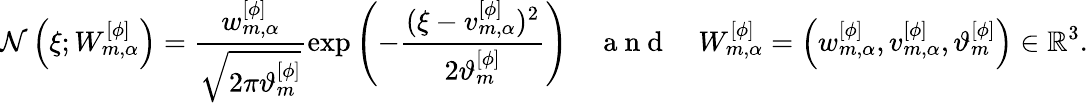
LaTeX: \mathcal{N}\left(\xi;W_{m,\alpha}^{[\phi]}\right)=\frac{w_{m,\alpha}^{[\phi]}}{\sqrt{2\pi\vartheta_{m}^{[\phi]}}}\exp\left(-\frac{(\xi-v_{m,\alpha}^{[\phi]})^{2}}{2\vartheta_{m}^{[\phi]}}\right)\quad\mathrm{~a~n~d~}\quad W_{m,\alpha}^{[\phi]}=\left(w_{m,\alpha}^{[\phi]},v_{m,\alpha}^{[\phi]},\vartheta_{m}^{[\phi]}\right)\in\mathbb{R}^{3}.